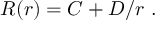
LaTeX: R ( r ) = C + D / r \ .